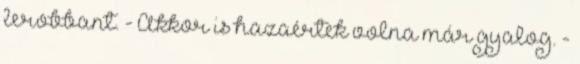
lerobbant. - Akkor is hazaértek volna már gyalog. -